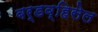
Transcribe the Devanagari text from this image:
बर्डव्हिसेल